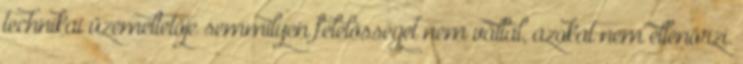
technikai üzemeltetője semmilyen felelősséget nem vállal, azokat nem ellenőrzi.